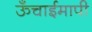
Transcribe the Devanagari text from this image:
ऊँचाईमापी